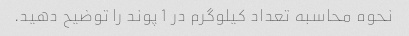
نحوه محاسبه تعداد کیلوگرم در 1 پوند را توضیح دهید.